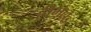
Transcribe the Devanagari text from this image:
हीमल